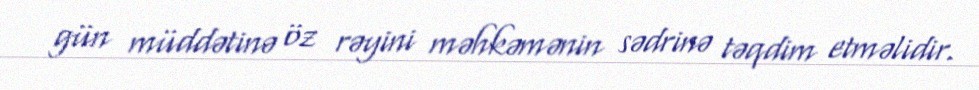
gün müddətinə öz rəyini məhkəmənin sədrinə təqdim etməlidir.